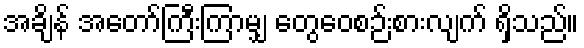
အချိန် အတော်ကြီးကြာမျှ တွေဝေစဉ်းစားလျက် ရှိသည်။